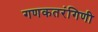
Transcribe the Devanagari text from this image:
गणकतरंगिणी